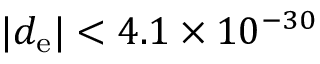
| d _ { \mathrm { e } } | < 4 . 1 \times 1 0 ^ { - 3 0 }